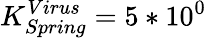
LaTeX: K_{Spring}^{Virus}=5*10^{0}